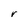
Character: r